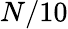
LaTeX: N/10